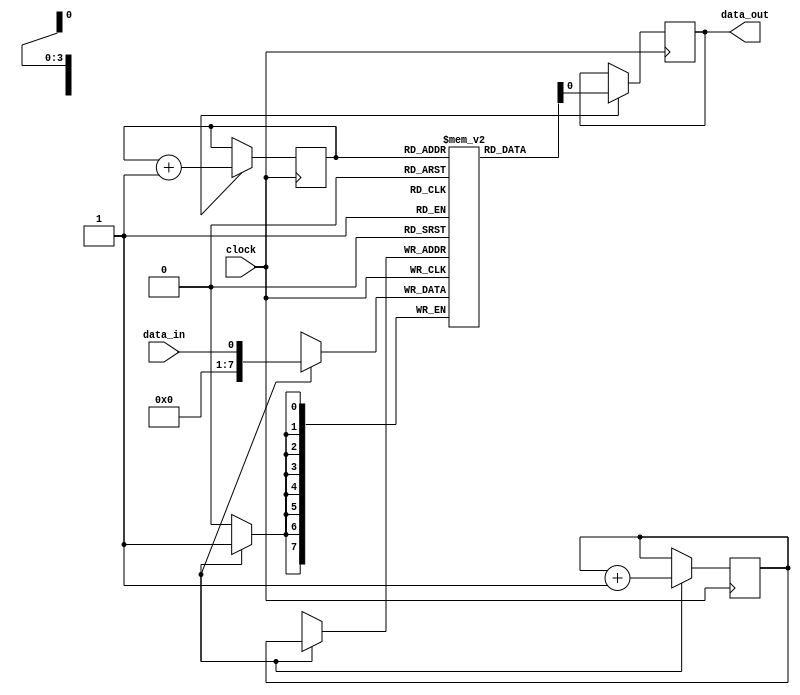
module fifo_buffer (
    input data_in,
    input clock,
    output reg data_out
);

parameter BUFFER_SIZE = 16;

reg [7:0] memory [0:BUFFER_SIZE-1];
reg [3:0] read_ptr;
reg [3:0] write_ptr;

always @(posedge clock) begin
    if (write_enable) begin
        memory[write_ptr] <= data_in;
        write_ptr <= write_ptr + 1;
    end
    if (read_enable) begin
        data_out <= memory[read_ptr];
        read_ptr <= read_ptr + 1;
    end
end

endmodule